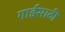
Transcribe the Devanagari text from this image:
गाईसाठी